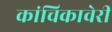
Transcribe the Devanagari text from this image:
कांचिकावेरी